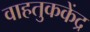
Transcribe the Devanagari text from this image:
वाहतुककेंद्र